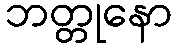
ဘတ္တုနော